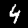
Label: 4